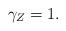
LaTeX: \begin{align*} \gamma_Z=1. \end{align*}